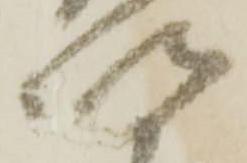
以